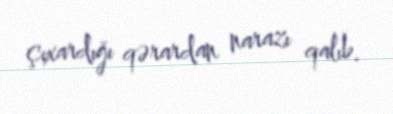
çıxardığı qərardan narazı qalıb.